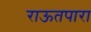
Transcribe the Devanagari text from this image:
राऊतपारा